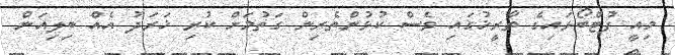
މިއީ ފުޓްބޯޅައިގެ ތާރީޚުގައި ވެސް ކުޅުންތެރިން ގަތުމަށް ކުރި ޚަރަދު އެއް ބިލިއަން